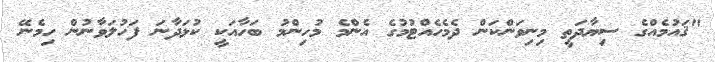
"ޤައުމެއްގެ ސިޔާދަތީ މިނިވަންކަން ދެމެހެއްޓުމުގެ އެންމެ މުހިންމު ބަހާއަކީ ކުޅަދާނަ ފަހުލަވާނުން ހިމެނޭ